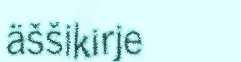
äššikirje